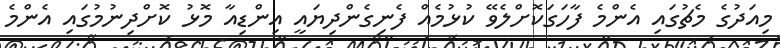
މިއަދުގެ މެޗުގައި އެންމެ ފާހަގަކޮށްލެވޭ ކުޅުމެއް ފެނިގެންދިޔައީ އިންޑިއާ މޮޅު ކޮށްދިނުމުގައި އެންމެ